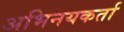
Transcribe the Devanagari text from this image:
अभिनयकर्ता